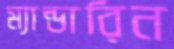
ম্যান্ডারিন